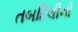
તબદિલીનો